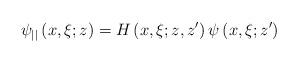
LaTeX: \begin{align*}\psi_{||}\left( x,\xi;z\right) =H\left( x,\xi;z,z^{\prime}\right)\psi\left( x,\xi;z^{\prime}\right)\end{align*}